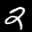
Label: 2